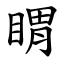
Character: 䁌